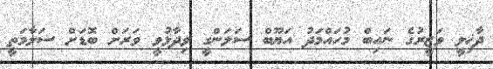
ދާޚިލީ ވަޒީރުގެ ނައިބް މުހައްމަދު އަޔޫބް ސަލަންގީ ވިދާޅުވީ ވަރަށް ބޮޑަށް ސަލާމަތީ